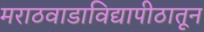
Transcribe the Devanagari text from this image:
मराठवाडाविद्यापीठातून